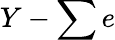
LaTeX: Y-\sum e